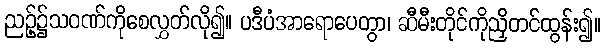
ညဉ့်၌သဝဏ်ကိုစေလွှတ်လို၍။ ပဒီပံအာရောပေတွာ၊ ဆီမီးတိုင်ကိုညှိတင်ထွန်း၍။